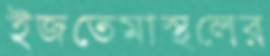
ইজতেমাস্থলের